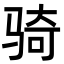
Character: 骑